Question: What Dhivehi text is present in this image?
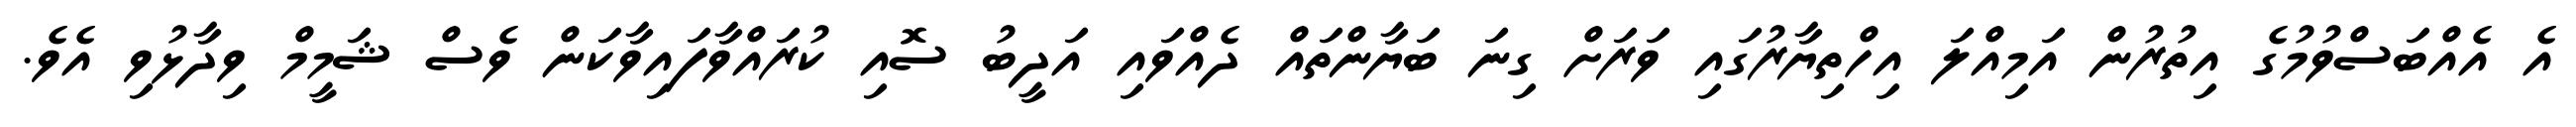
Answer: އެ އެއްބަސްވުމުގެ އިތުރުން އަމިއްލަ އިހްތިޔާރުގައި ވަރަށް ގިނަ ބަޔާންތައް ދެއްވައި އަދީބު ސޮއި ކުރައްވާފައިވާކަން ވެސް ޝަމީމް ވިދާޅުވި އެވެ.